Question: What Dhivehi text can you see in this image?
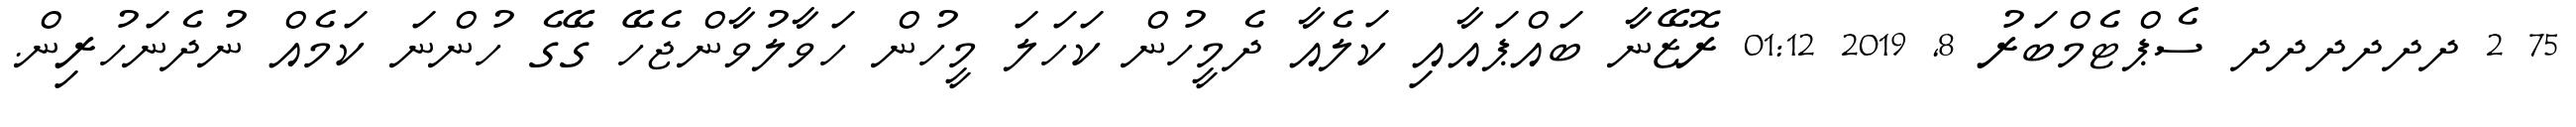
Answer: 75 2 ދދދދދދ ސެޕްޓެމްބަރު 8, 2019 01:12 ރޮޒޭނާ ބައްޕައާއި ކަލެއާ ދެމީހުން ކަހަލަ މީހުން ހަވާލުވާންޖެހޭ ގޭގެ ހުންނަ ކަމެއް ނުދެނަހުރިން.